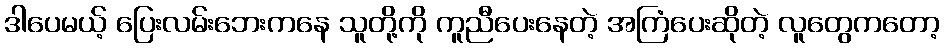
ဒါပေမယ့် ပြေးလမ်းဘေးကနေ သူတို့ကို ကူညီပေးနေတဲ့ အကြံပေးဆိုတဲ့ လူတွေကတော့